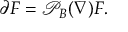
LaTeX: \partial F = { \mathcal { P } } _ { B } ( \nabla ) F .